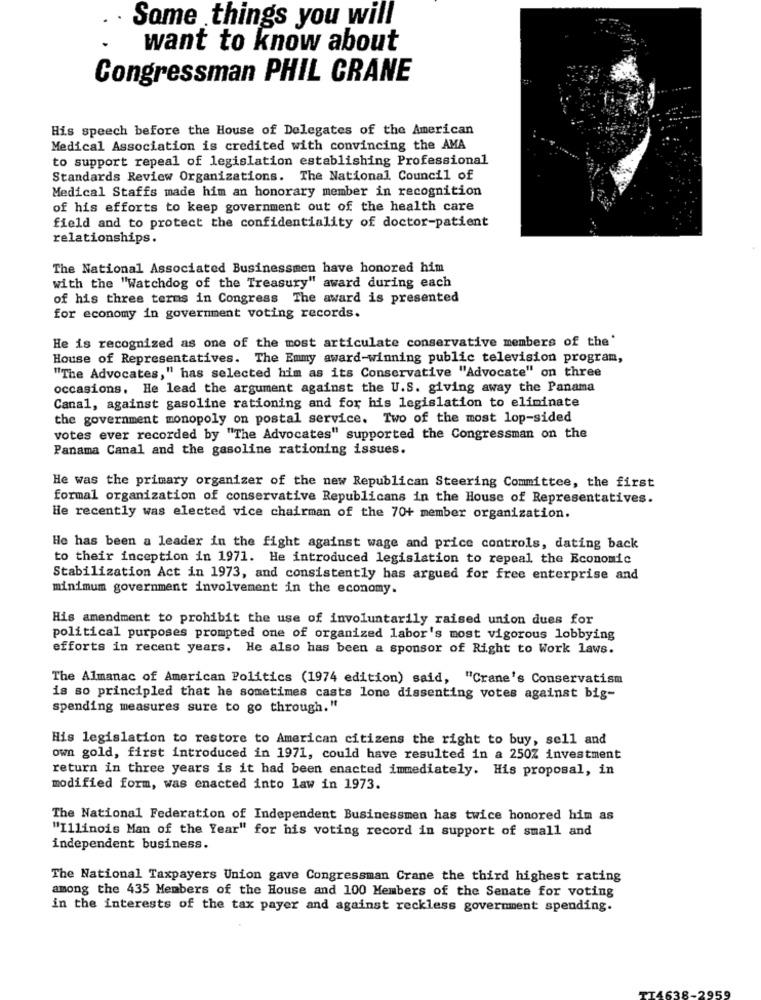
Same things you will
want to know about
Congressman PHIL CRANE
His speech before the House of Delegates of the American
Medical Association is credited with convincing the AMA
to support repeal of legislation establishing Professional
Standards Review Organizations. The National Council of
Medical Staffs made him an honorary member in recognition
of his efforts to keep government out of the health care
field and to protect the confidentiality of doctor-patient
relationships.
The National Associated Businessmen have honored him
with the "Watchdog of the Treasury" award during each
of his three terms in Congress The award is presented
for economy in government voting records.
He is recognized as one of the most articulate conservative members of the'
House of Representatives. The Emmy award-winning public television program,
"The Advocates," has selected him as its Conservative "Advocate" on three
occasions. He lead the argument against the U.S. giving away the Panama
Canal, against gasoline rationing and for his legislation to eliminate
the government monopoly on postal service. Two of the most lop-sided
votes ever recorded by "The Advocates" supported the Congressman on the
Panama Canal and the gasoline rationing issues.
He was the primary organizer of the new Republican Steering Committee, the first
formal organization of conservative Republicans in the House of Representatives.
He recently was elected vice chairman of the 70+ member organization.
He has been a leader in the fight against wage and price controls, dating back
to their inception in 1971. He introduced legislation to repeal the Economic
Stabilization Act in 1973, and consistently has argued for free enterprise and
minimum government involvement in the economy.
His amendment to prohibit the use of involuntarily raised union dues for
political purposes prompted one of organized labor's most vigorous lobbying
efforts in recent years. He also has been a sponsor of Right to Work laws.
The Almanac of American Politics (1974 edition) said, "Crane's Conservatism
is so principled that he sometimes casts lone dissenting votes against big-
spending measures sure to go through."
His legislation to restore to American citizens the right to buy, sell and
own gold, first introduced in 1971, could have resulted in a 250Z investment
return in three years is it had been enacted immediately. His proposal, in
modified form, was enacted into law in 1973.
The National Federation of Independent Businessmen has twice honored him as
"Illinois Man of the Year" for his voting record in support of small and
independent business.
The National Taxpayers Union gave Congressman Crane the third highest rating
among the 435 Members of the House and 100 Members of the Senate for voting
in the interests of the tax payer and against reckless government spending.